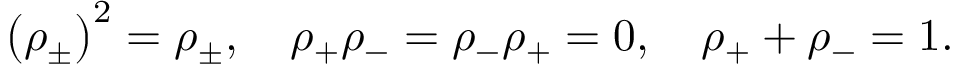
\left( \rho _ { \pm } \right) ^ { 2 } = \rho _ { \pm } , \quad \rho _ { + } \rho _ { - } = \rho _ { - } \rho _ { + } = 0 , \quad \rho _ { + } + \rho _ { - } = 1 .